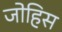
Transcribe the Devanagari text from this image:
जोहिस